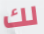
لك